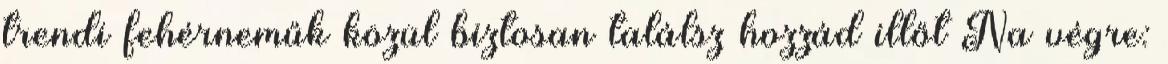
trendi fehérneműk közül biztosan találsz hozzád illőt Na végre: